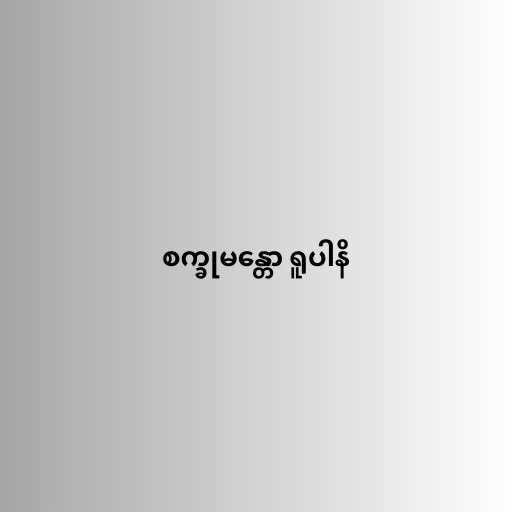
စက္ခုမန္တော ရူပါနိ